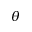
\theta